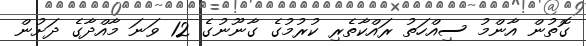
ގޮތުން އާންމު ސިއްހަތު ރައްކާތެރި ކުރުމުގެ ގާނޫނުގެ 12 ވަނަ މާއްދާގެ ދަށުން